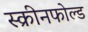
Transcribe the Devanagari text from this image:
स्क्रीनफोल्ड